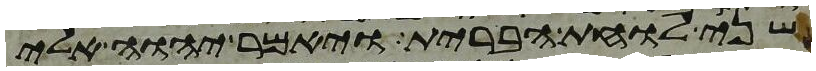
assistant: שני לוחת הברית ויאמר יהוה אלי